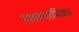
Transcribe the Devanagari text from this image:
नखस्वामिका